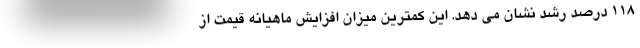
۱۱۸ درصد رشد نشان می دهد. این کمترین میزان افزایش ماهیانه قیمت از